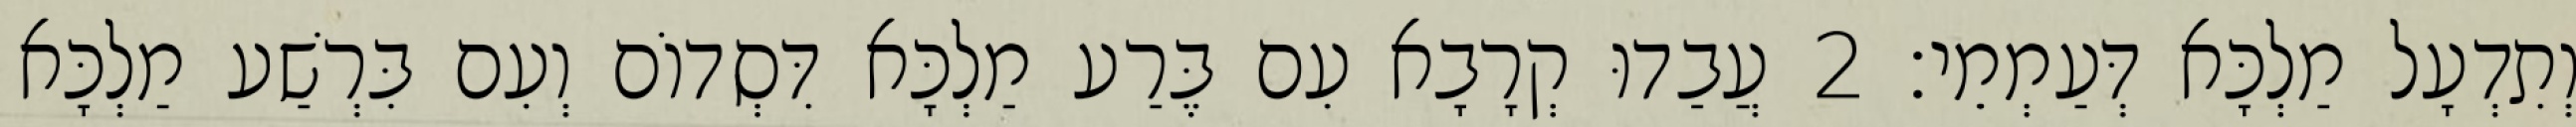
וְתִדְעָל מַלְכָּא דְּעַמְמֵי׃ 2 עֲבַדוּ קְרָבָא עִם בֶּרַע מַלְכָּא דִּסְדוֹם וְעִם בִּרְשַׁע מַלְכָּא